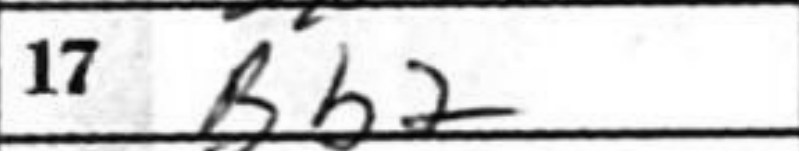
Transcription: Bb2